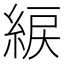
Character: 綟